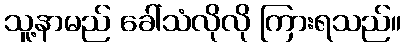
သူ့နာမည် ခေါ်သံလိုလို ကြားရသည်။